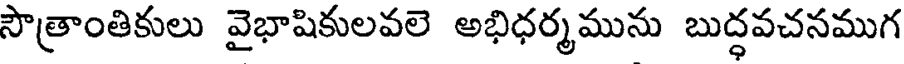
సౌత్రాంతికులు వైభాషికులవలె అభిధర్మమును బుద్ధవచనముగ